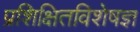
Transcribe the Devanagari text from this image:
प्रशिक्षितविशेषज्ञ